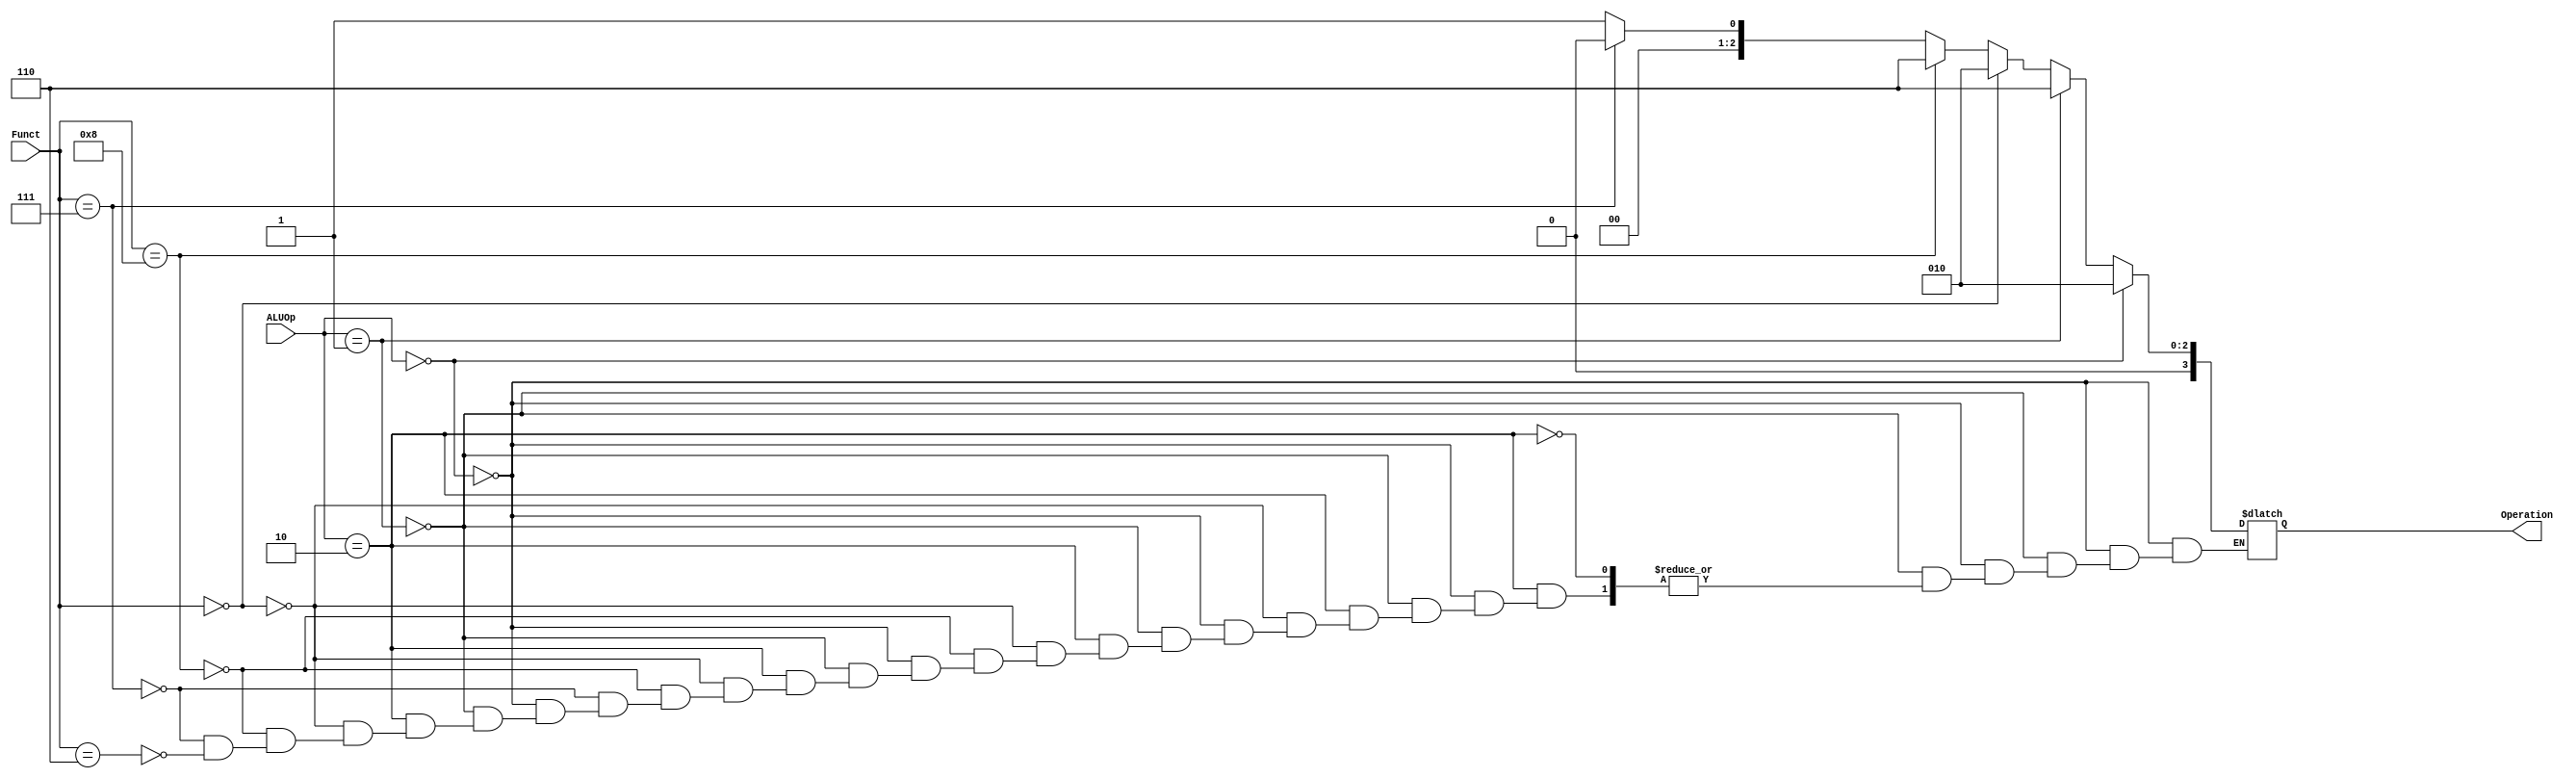
`timescale 1ns / 1ps
//////////////////////////////////////////////////////////////////////////////////
// Company: 
// Engineer: 
// 
// Design Name: 
// Module Name: ALU_Control
// Project Name: 
// Target Devices: 
// Tool Versions: 
// Description: 
// 
// Dependencies: 
// 
// Revision:
// Revision 0.01 - File Created
// Additional Comments:
// 
//////////////////////////////////////////////////////////////////////////////////

 module ALU_Control(
input [1:0] ALUOp,
input [3:0] Funct,
output reg [3:0] Operation
);

always @ (*) begin
if (ALUOp == 2'b00) begin //I
Operation = 4'b0010;
end
else if (ALUOp == 2'b01) begin //SB
Operation = 4'b0110;
end
else if (ALUOp == 2'b10) begin //R type
    if (Funct == 4'b0000) begin
    Operation = 4'b0010;
    end
    
    else if (Funct == 4'b1000) begin
    Operation = 4'b0110;
    end
    
    else if (Funct == 4'b0111) begin
    Operation = 4'b0000;
    end
    
    else if (Funct == 4'b0110) begin
    Operation = 4'b0001;
    end
end

end

endmodule